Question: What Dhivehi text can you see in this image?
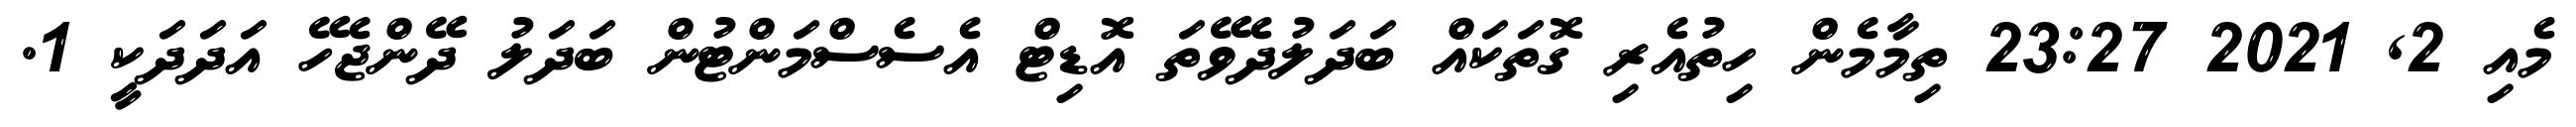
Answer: މެއި 2, 2021 23:27 ތިމާމެން ހިތުއެރި ގޮތަކައް ބަދަލުދެވޭތަ އޮޑިޓް އެސެސްމަންޓުން ބަދަލު ދޭންޖެހޭ އަދަދަކީ 1.